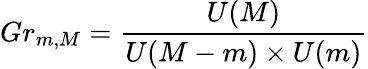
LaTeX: Gr_{m,M}=\frac{U(M)}{U(M-m)\times U(m)}